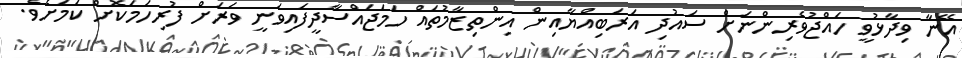
އޭނާ ވިދާޅުވީ ހައްޖުވެރިންނަށް ސައުދި އަރަބިއްޔާއިން އިންތިޒާމުތައް ހަމަޖައްސާދީފައިވަނީ ވަރަށް ފުރިހަމަކޮށް ކަމަށެވެ.